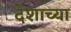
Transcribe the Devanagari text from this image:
देशाच्‍या